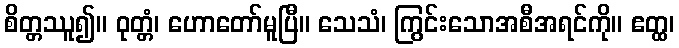
စိတ္တဿူ၍။ ဝုတ္တံ၊ ဟောတော်မူပြီ။ သေသံ၊ ကြွင်းသောအစီအရင်ကို။ ဧတ္ထ၊